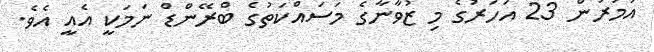
އުމުރުން 23 އަހަރުގެ މި ޒުވާނާގެ މަސައްކަތުގެ ބްރޭންޑް ނަމަކީ އެއީ އެވެ.